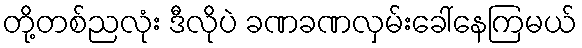
တို့တစ်ညလုံး ဒီလိုပဲ ခဏခဏလှမ်းခေါ်နေကြမယ်